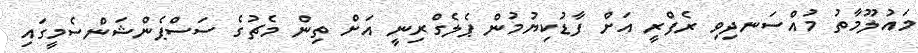
މައުލޫމާތު މުއްސަނދިވި ރެފްރީ އަށް ފާޑުކިޔުމުން ޕެލެގްރިނީ އަށް ތިން މެޗުގެ ސަސްޕެންޝަންސެމީގައި